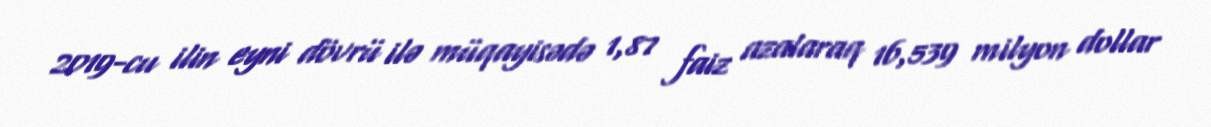
2019-cu ilin eyni dövrü ilə müqayisədə 1,87 faiz azalaraq 16,539 milyon dollar